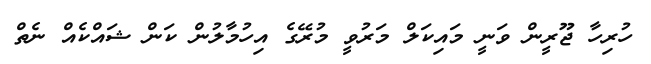
ހުރިހާ ޖޫރީން ވަނީ މައިކަލް މަރުވީ މުރޭގެ އިހުމާލުން ކަން ޝައްކެއް ނެތް